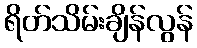
ရိတ်သိမ်းချိန်လွန်